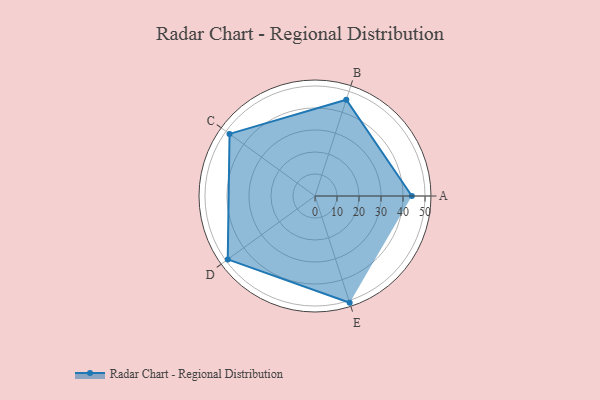
{"axis": {"x": "Skill", "y": "Score"}, "legend": ["Profile"], "data": [{"x": "A", "y": 44.0, "type": "Profile"}, {"x": "B", "y": 46.0, "type": "Profile"}, {"x": "C", "y": 48.0, "type": "Profile"}, {"x": "D", "y": 49.0, "type": "Profile"}, {"x": "E", "y": 51.0, "type": "Profile"}]}